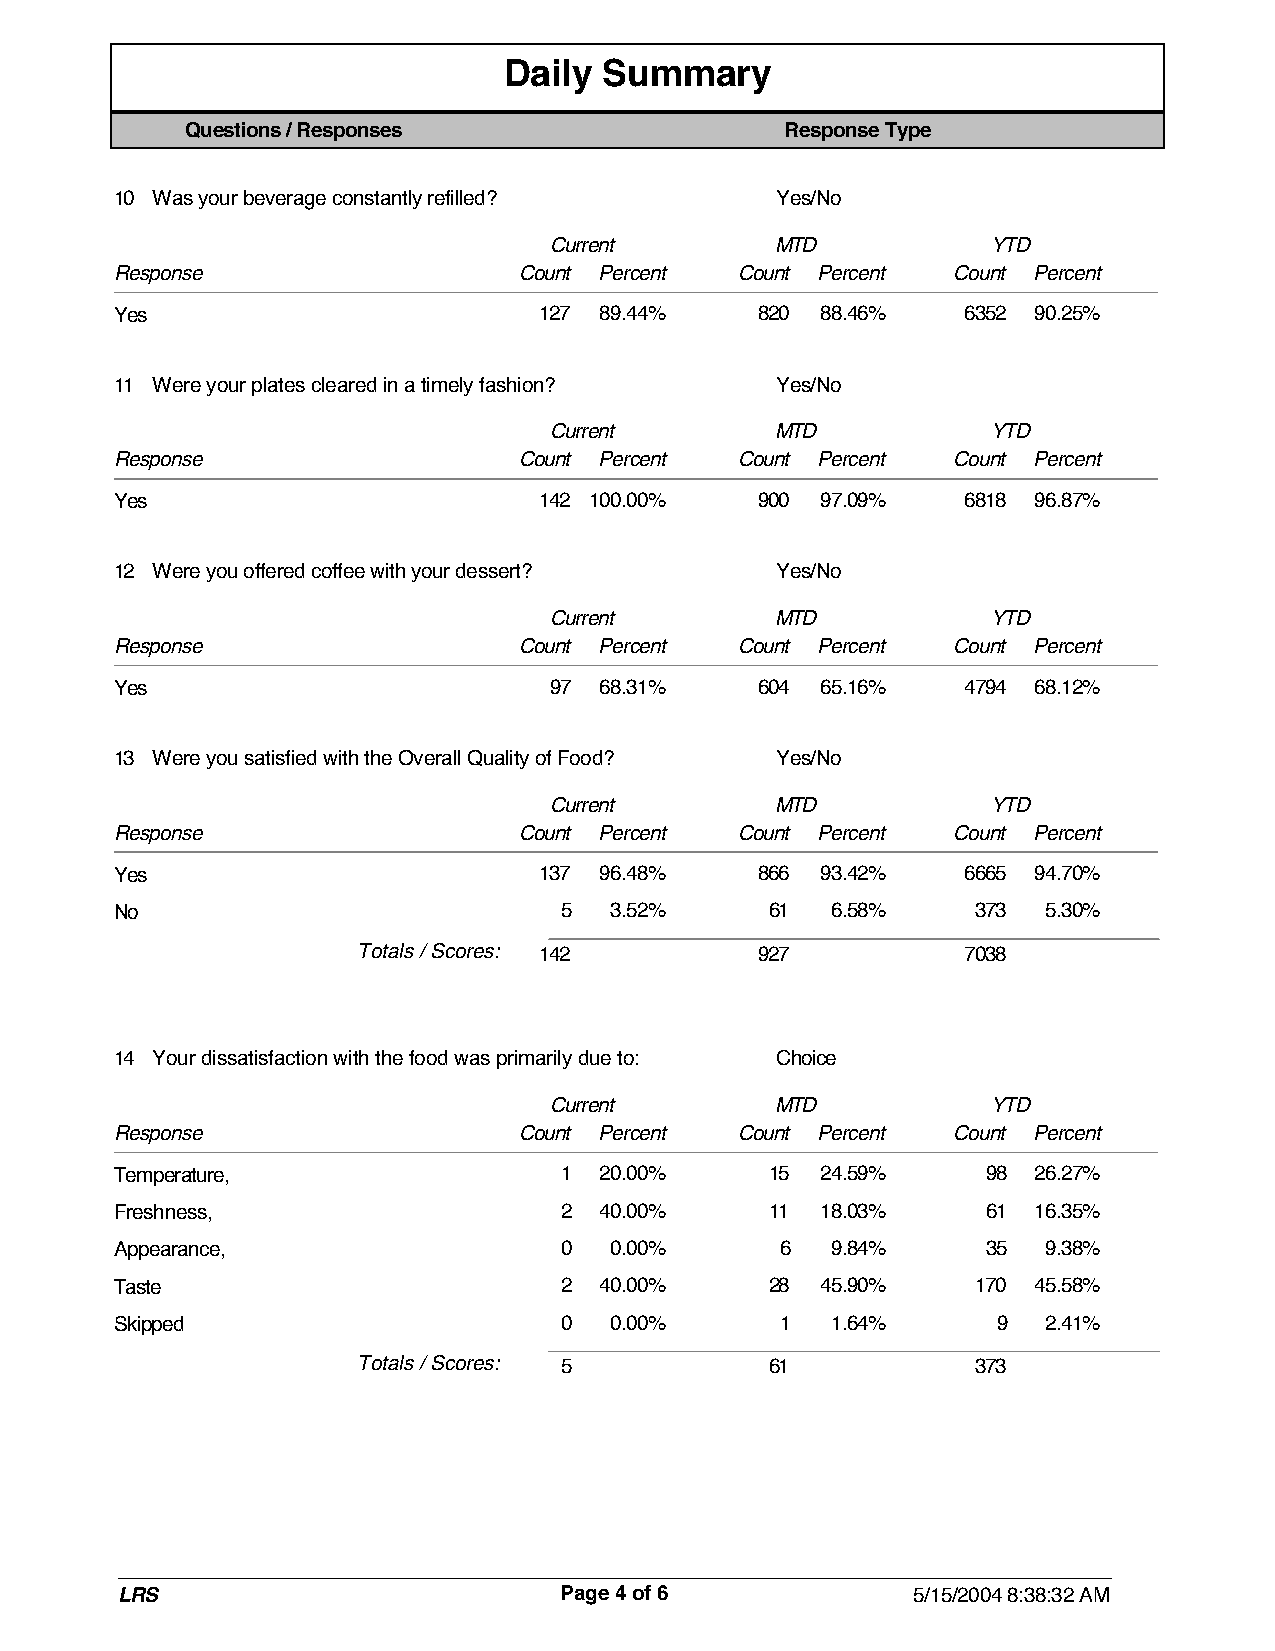
Daily  Summary
 Questions / Responses                   Response Type
 10 Was your beverage constantly refilled?   Yes/No
 Current       MTD            YTD
 Response                  Count Percent  Count Percent Count Percent
 Yes                         127 89.44%    820 88.46%    6352 90.25%
 11 Were your plates cleared in a timely fashion? Yes/No
 Current       MTD            YTD
 Response                  Count Percent  Count Percent Count Percent
 Yes                         142 100.00%   900 97.09%    6818 96.87%
 12 Were you offered coffee with your dessert? Yes/No
 Current       MTD            YTD
 Response                  Count Percent  Count Percent Count Percent
 Yes                          97 68.31%    604 65.16%    4794 68.12%
 13 Were you satisfied with the Overall Quality of Food? Yes/No
 Current       MTD            YTD
 Response                  Count Percent  Count Percent Count Percent
 Yes                         137 96.48%    866 93.42%    6665 94.70%
 No                           5   3.52%     61  6.58%     373 5.30%
 Totals / Scores:
 142           927           7038
 14 Your dissatisfaction with the food was primarily due to: Choice
 Current       MTD            YTD
 Response                  Count Percent  Count Percent Count Percent
 Temperature,                 1  20.00%     15 24.59%     98  26.27%
 Freshness,                   2  40.00%     11 18.03%     61  16.35%
 Appearance,                  0   0.00%      6  9.84%     35  9.38%
 Taste                        2  40.00%     28 45.90%     170 45.58%
 Skipped                      0   0.00%      1  1.64%      9  2.41%
 Totals / Scores:
 5             61            373
 LRS                          Page 4 of 6             5/15/2004 8:38:32 AM